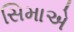
સિમાએ